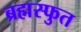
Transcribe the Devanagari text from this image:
ब्रह्मस्फुत